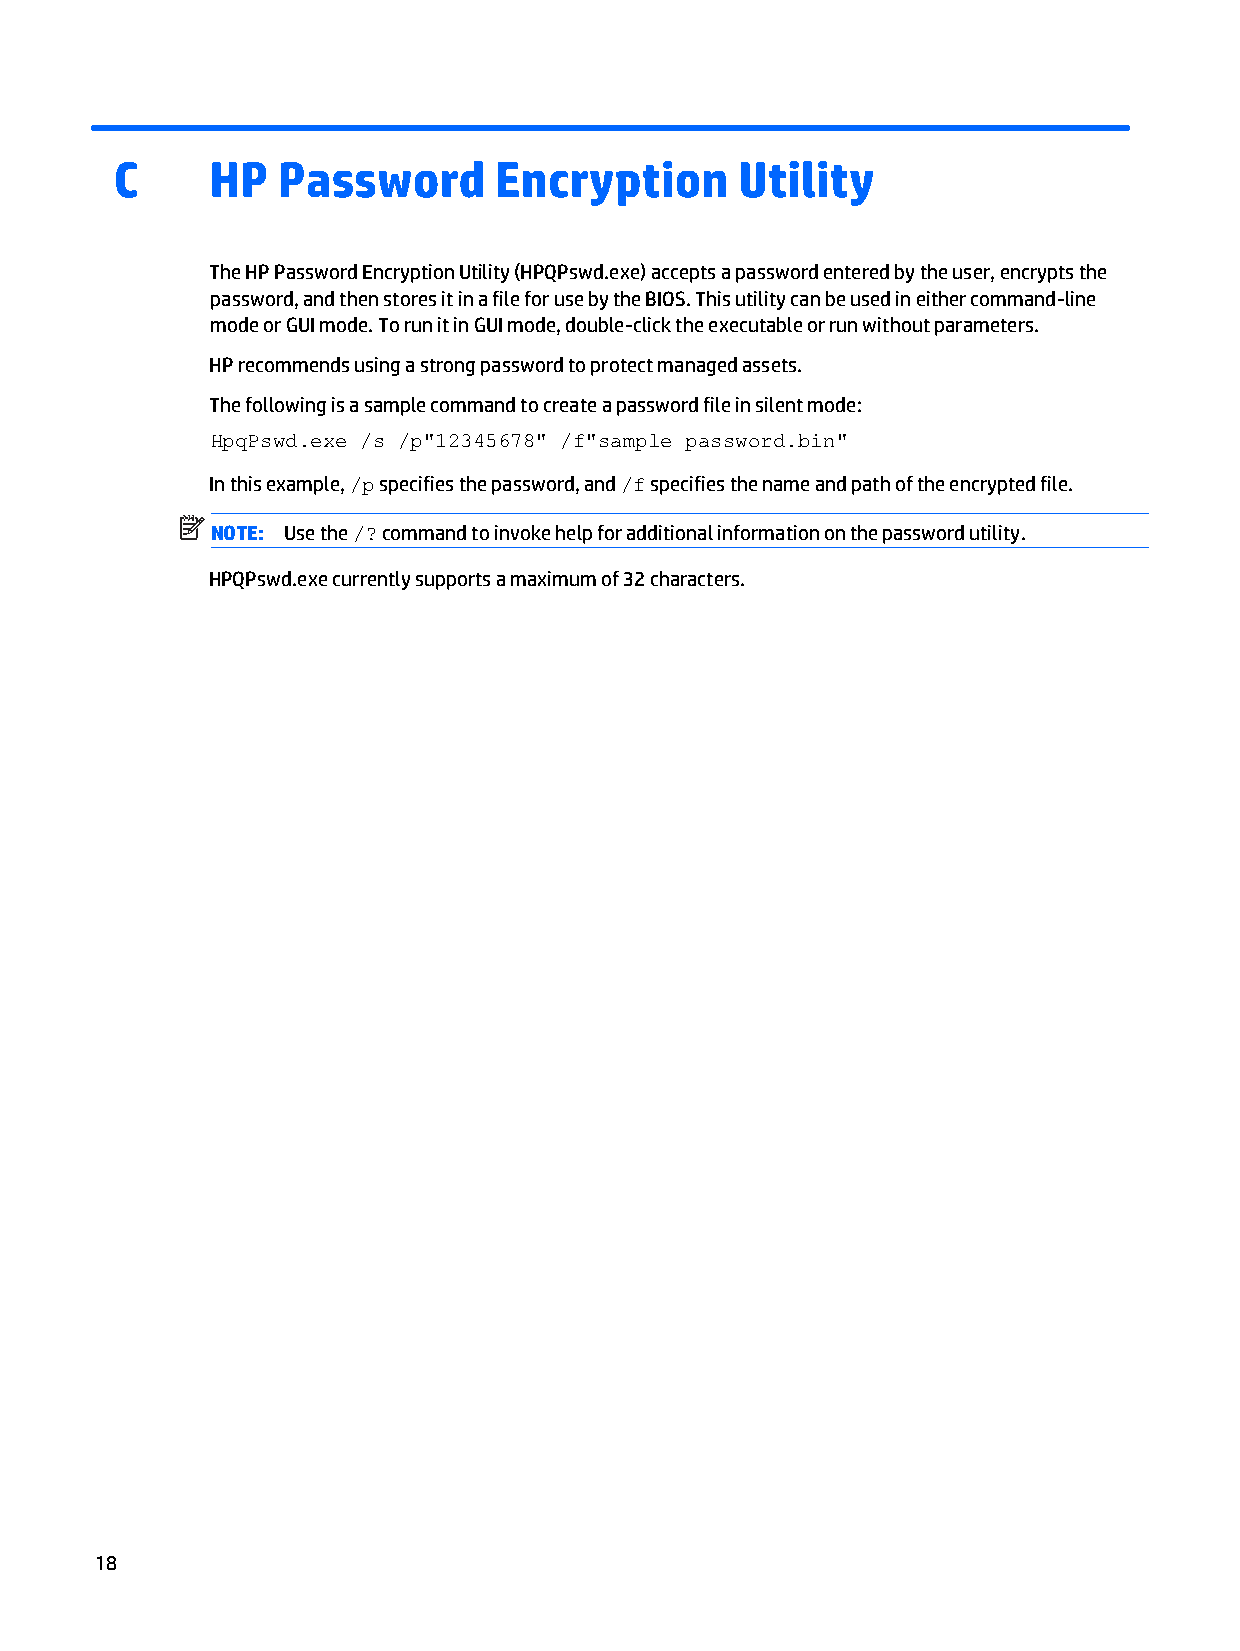
C     HP  Password       Encryption      Utility
 The HP Password Encryption Utility (HPQPswd.exe) accepts a password entered by the user, encrypts the
 password, and then stores it in a file for use by the BIOS. This utility can be used in either command-line
 mode or GUI mode. To run it in GUI mode, double-click the executable or run without parameters.
 HP recommends using a strong password to protect managed assets.
 The following is a sample command to create a password file in silent mode:
 HpqPswd.exe /s /p"12345678" /f"sample password.bin"
 In this example, /p specifies the password, and /f specifies the name and path of the encrypted file.
 NOTE: Use the /? command to invoke help for additional information on the password utility.
 HPQPswd.exe currently supports a maximum of 32 characters.
 18